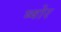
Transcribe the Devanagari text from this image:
ष्षोर